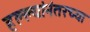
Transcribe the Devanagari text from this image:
हल्ल्यांनंतरच्या